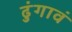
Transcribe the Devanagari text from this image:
ढुंगावं